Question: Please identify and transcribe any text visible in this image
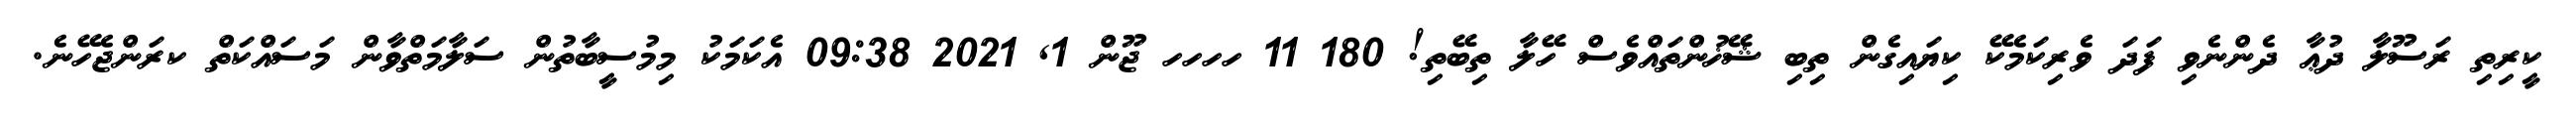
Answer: ކީރިތި ރަސޫލާ ދުޢާ ދެންނެވި ފަދަ ވެރިކަމެކޭ ކިޔައިގެން ތިބި ޝޭޚުންތައްވެސް ހޭލާ ތިބޭތި! 180 11 ހހހހ ޖޫން 1, 2021 09:38 އެކަމަކު މިމުސީބާތުން ސަލާމަތްވާން މަސައްކަތް ކރަންޖެހޭނެ.